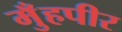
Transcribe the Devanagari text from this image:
मुँहपीर